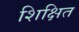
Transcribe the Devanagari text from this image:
शिक्षित